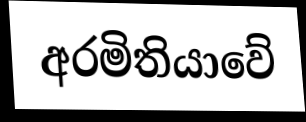
අරමිතියාවේ